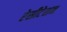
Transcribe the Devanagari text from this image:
रेसीटेशन